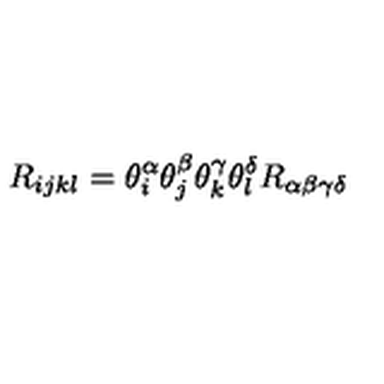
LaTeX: R _ { i j k l } = \theta _ { i } ^ { \alpha } \theta _ { j } ^ { \beta } \theta _ { k } ^ { \gamma } \theta _ { l } ^ { \delta } R _ { \alpha \beta \gamma \delta }